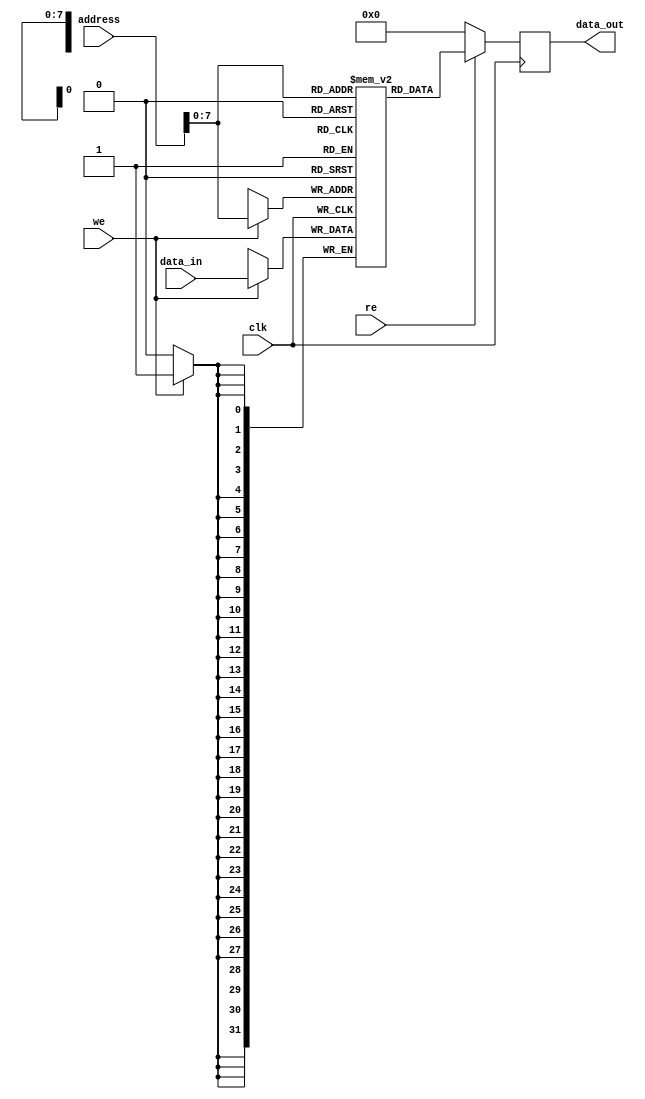
`timescale 1ns / 1ps
//////////////////////////////////////////////////////////////////////////////////
// Company: 
// Engineer: 
// 
// Design Name: 
// Module Name:    sp_ram_rw 
// Project Name: 
// Target Devices: 
// Tool versions: 
// Description: 
//
// Dependencies: 
//
// Revision: 
// Revision 0.01 - File Created
// Additional Comments: 
//
//////////////////////////////////////////////////////////////////////////////////
module sp_ram_rw(
clk		,	// clock
address , // address Input
data_in    , // data in
data_out    , // data out
re      , // read enable
we       // write enable
); 

parameter DATA_WIDTH = 32;
parameter ADDR_WIDTH = 32;
parameter RAM_DEPTH = 256;

//--------------Input Ports----------------------- 
input clk;
input [ADDR_WIDTH-1:0] address;
input re;
input we;  
input [DATA_WIDTH-1:0] data_in;

//--------------Output Ports----------------------- 
output reg [DATA_WIDTH-1:0] data_out; 

//--------------Internal variables---------------- 
reg [DATA_WIDTH-1:0] mem [0:RAM_DEPTH-1];

//--------------Code Starts Here------------------ 

// Memory Write Block 

// Write Operation : When we = 1
//assign data = (re && !we) ? data_out : 8'b0;

always @ (negedge clk)
begin : MEM_WRITE
  if (we) begin
     mem[address] <= data_in;
  end
end

// Memory Read Block 
// Read Operation : When re = 1
always @ (posedge clk)
begin : MEM_READ
  if (re) begin
    data_out <= mem[address]; 
  end else begin
    data_out <= 0; 
  end
end 
endmodule